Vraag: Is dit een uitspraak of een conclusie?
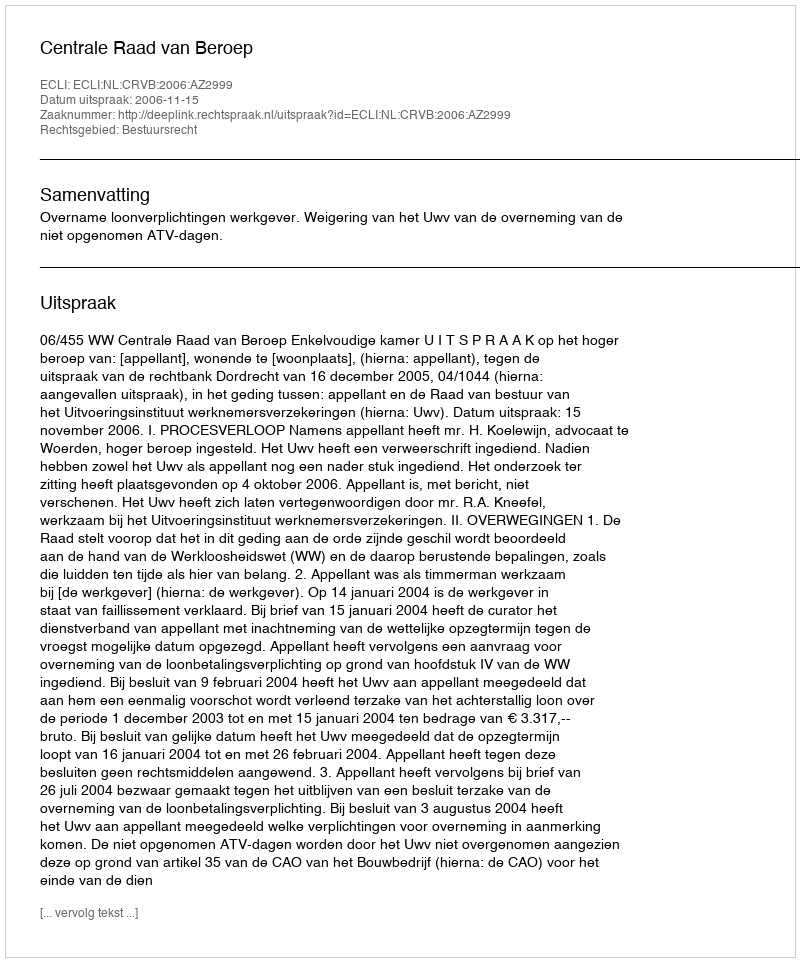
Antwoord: Uitspraak